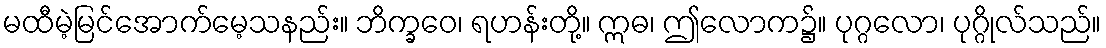
မထီမဲ့မြင်အောက်မေ့သနည်း။ ဘိက္ခဝေ၊ ရဟန်းတို့။ ဣဓ၊ ဤလောက၌။ ပုဂ္ဂလော၊ ပုဂ္ဂိုလ်သည်။